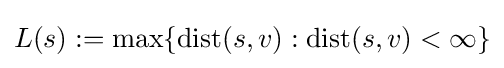
L(s):=\max\{\operatorname {dist} (s,v):\operatorname {dist} (s,v)<\infty \}